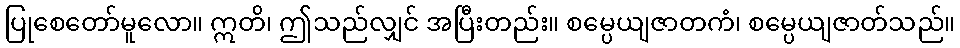
ပြုစေတော်မူလော။ ဣတိ၊ ဤသည်လျှင် အပြီးတည်း။ စမ္ပေယျဇာတကံ၊ စမ္ပေယျဇာတ်သည်။